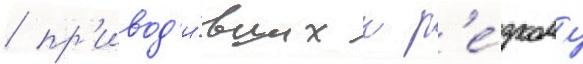
/ пр'ивод'и́вших к р'е́зкому